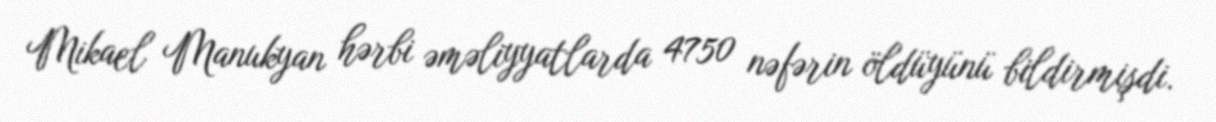
Mikael Manukyan hərbi əməliyyatlarda 4750 nəfərin öldüyünü bildirmişdi.